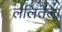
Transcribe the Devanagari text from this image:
ललितेला